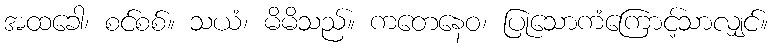
အထခေါ၊ စင်စစ်။ သယံ၊ မိမိသည်။ ကတေနေဝ၊ ပြုသောကံကြောင့်သာလျှင်။